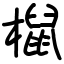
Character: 𣜌